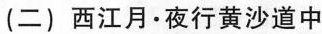
(二) 西江月·夜行黄沙道中